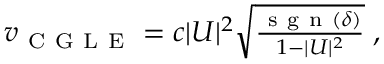
\begin{array} { r } { v _ { \mathrm { ~ C ~ G ~ L ~ E ~ } } = c | U | ^ { 2 } \sqrt { \frac { \mathrm { ~ s ~ g ~ n ~ } ( \delta ) } { 1 - | U | ^ { 2 } } } \; , } \end{array}